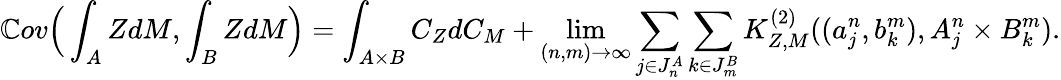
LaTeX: \mathbb{C}ov\Big(\int_{A}ZdM,\int_{B}ZdM\Big)=\int_{A\times B}C_{Z}dC_{M}+\operatorname*{lim}_{(n,m)\to\infty}\sum_{j\in J_{n}^{A}}\sum_{k\in J_{m}^{B}}K_{Z,M}^{(2)}((a_{j}^{n},b_{k}^{m}),A_{j}^{n}\times B_{k}^{m}).